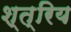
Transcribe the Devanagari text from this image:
श्त्रिय